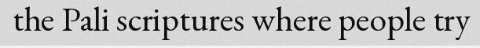
the Pali scriptures where people try